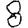
Digit: 8